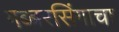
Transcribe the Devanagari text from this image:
गब्बरसिंगाचा